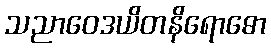
သညာဝေဒယိတနိရောဓော